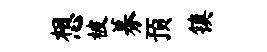
想被募预镇